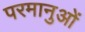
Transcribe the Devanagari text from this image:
परमानुओं